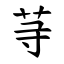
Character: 䒭